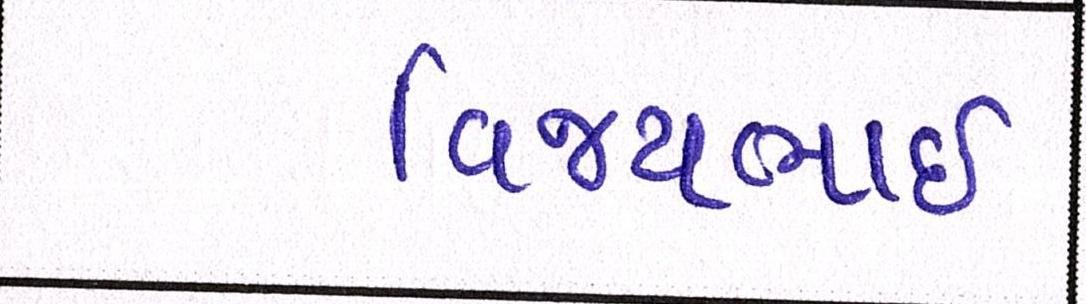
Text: વિજયભાઈ